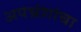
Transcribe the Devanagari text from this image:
अपभ्रंशांचा